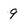
Character: 9